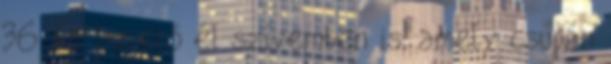
36. Ez az erő él szívemben is, amely csupán